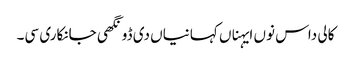
کالی داس نوں ایہناں کہانیاں دی ڈونگھی جانکاری سی۔